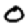
Digit: 0